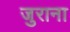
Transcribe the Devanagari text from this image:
जुराना